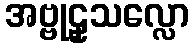
အဗ္ဗုဠှသလ္လော